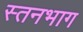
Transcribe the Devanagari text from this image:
स्तनभाग